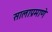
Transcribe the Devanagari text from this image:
सालाप्रमाणे